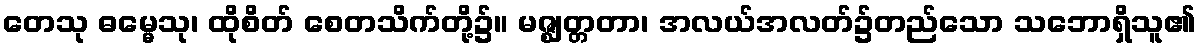
တေသု ဓမ္မေသု၊ ထိုစိတ် စေတသိက်တို့၌။ မဇ္ဈတ္တတာ၊ အလယ်အလတ်၌တည်သော သဘောရှိသူ၏